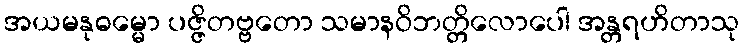
အယမနုဓမ္မော ပဇ္ဇိတဗ္ဗတော သမာနဝိဘတ္တိလောပေါ အန္တရဟိတာသု